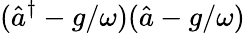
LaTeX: (\hat{a}^{\dagger}-g/\omega)(\hat{a}-g/\omega)